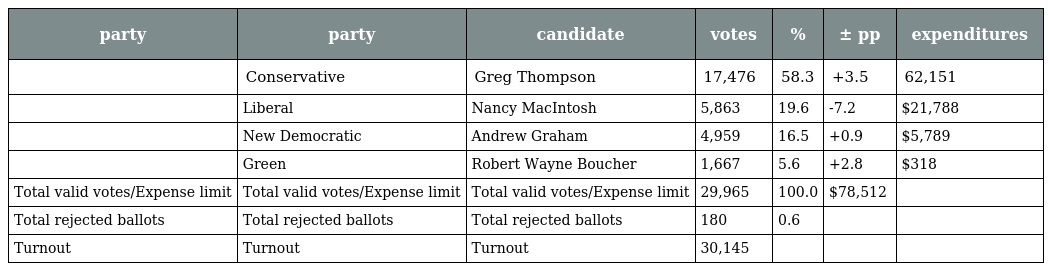
| party | party | candidate | votes | % | ± pp | expenditures |
 | --- | --- | --- | --- | --- | --- | --- |
 |  | Conservative | Greg Thompson | 17,476 | 58.3 | +3.5 | 62,151 |
 |  | Liberal | Nancy MacIntosh | 5,863 | 19.6 | -7.2 | $21,788 |
 |  | New Democratic | Andrew Graham | 4,959 | 16.5 | +0.9 | $5,789 |
 |  | Green | Robert Wayne Boucher | 1,667 | 5.6 | +2.8 | $318 |
 | Total valid votes/Expense limit | Total valid votes/Expense limit | Total valid votes/Expense limit | 29,965 | 100.0 | $78,512 |  |
 | Total rejected ballots | Total rejected ballots | Total rejected ballots | 180 | 0.6 |  |  |
 | Turnout | Turnout | Turnout | 30,145 |  |  |  |